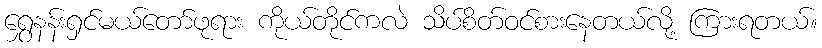
ရွှေနန်းရှင်မယ်တော်ဖုရား ကိုယ်တိုင်ကလဲ သိပ်စိတ်ဝင်စားနေတယ်လို့ ကြားရတယ်။